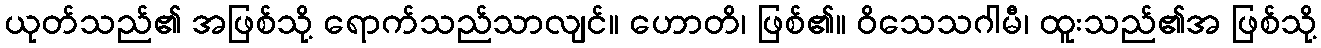
ယုတ်သည်၏ အဖြစ်သို့ ရောက်သည်သာလျင်။ ဟောတိ၊ ဖြစ်၏။ ဝိသေသဂါမီ၊ ထူးသည်၏အ ဖြစ်သို့